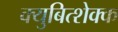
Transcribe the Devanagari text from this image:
क्युबित्शेक्क